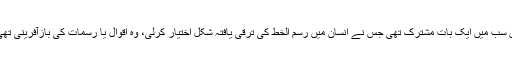
ان سب میں ایک بات مشترک تھی جس نے انسان میں رسم الخط کی ترقی یافتہ شکل اختیار کرلی، وہ اقوال یا رسمات کی بازآفرینی تھی۔